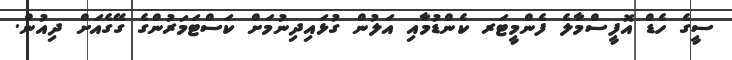
ސީގެ ހެޑް އޮފީސްމާލެ ފެންމީޓަރ ކެންޑުމާއި އަލުން ގުޅައިދިނުމަށް ކަސްޓަމަރުންގެ ގޭގެއަށް ދިއުން.